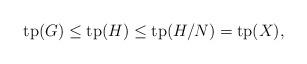
LaTeX: \begin{align*}\mathrm{tp}(G) \leq \mathrm{tp}(H) \leq\mathrm{tp}(H/N) = \mathrm{tp}(X),\end{align*}